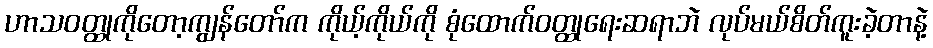
ဟာသဝတ္ထုကိုတော့ကျွန်တော်က ကိုယ့်ကိုယ်ကို စုံထောက်ဝတ္ထုရေးဆရာဘဲ လုပ်မယ်စိတ်ကူးခဲ့တာနဲ့